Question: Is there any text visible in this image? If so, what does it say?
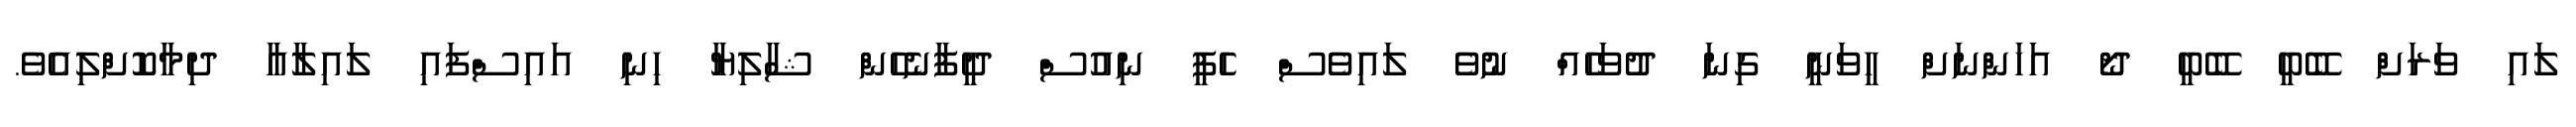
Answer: ލައި ވަރަށް ބޭބީ ބޭބީ ދޯ އަހަންނަށް ހީވަނީ ގިނަ ދުވަހެއް ނުވެ ލައިވެސް ހެޕީ ނިއުސް ދީފާނެހެން ޝާލިޔާ ހިނި އައިސްފައި ލައިލާއާ ދިމާކޮށްލިއެވެ.